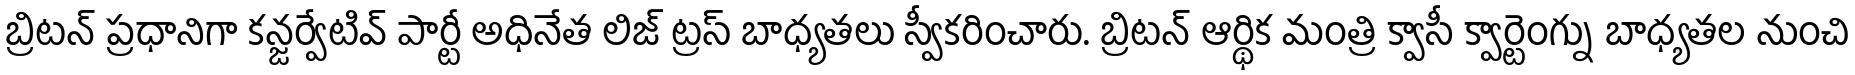
బ్రిటన్ ప్రధానిగా కన్జర్వేటివ్ పార్టీ అధినేత లిజ్ ట్రస్ బాధ్యతలు స్వీకరించారు. బ్రిటన్ ఆర్థిక మంత్రి క్వాసీ క్వార్టెంగ్ను బాధ్యతల నుంచి